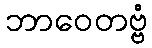
ဘာဝေတဗ္ဗံ